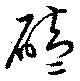
磕